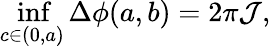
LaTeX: \operatorname*{inf}_{c\in(0,a)}\Delta\phi(a,b)=2\pi\mathcal{J},